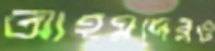
আহমদেরও